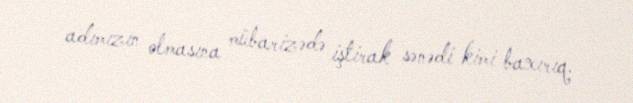
adımızın olmasına mübarizədə iştirak sənədi kimi baxırıq.